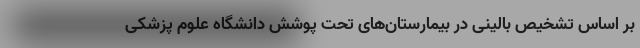
بر اساس تشخیص بالینی در بیمارستان‌های تحت پوشش دانشگاه علوم پزشکی